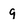
Character: g